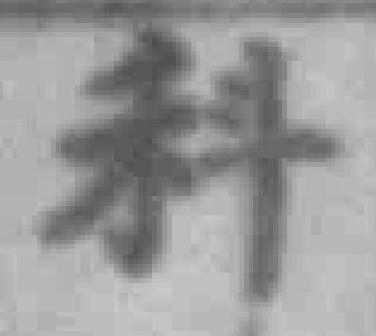
科